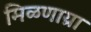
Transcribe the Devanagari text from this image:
मिळणाय्रा